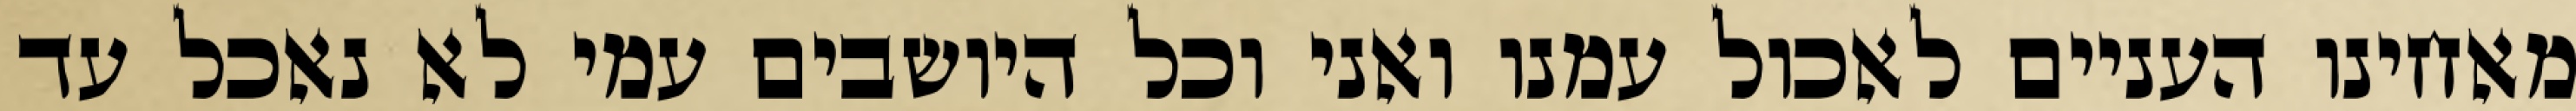
מאחינו העניים לאכול עמנו ואני וכל היושבים עמי לא נאכל עד